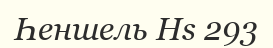
Һеншель Hs 293